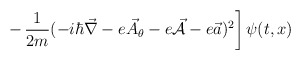
\begin{align*}\left. -\, \frac{1}{2m} (-i \hbar {\vec \nabla} - e {\vec A}_\theta- e {\vec {\cal A}}- e {\vec a})^2 \right] \psi (t,x)\end{align*}